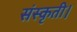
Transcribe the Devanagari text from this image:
संस्कृती।